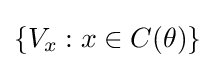
\{V_{x}:x\in C(\theta )\}